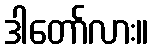
ဒါတော်လား။